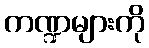
ကဏ္ဍများကို